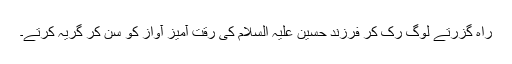
راہ گزرتے لوگ رک کر فرزند حسین علیہ السلام کی رقت آمیز آواز کو سن کر گریہ کرتے۔